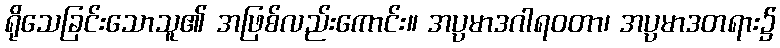
ရိုသေခြင်းသောသူ၏ အဖြစ်လည်းကောင်း။ အပ္ပမာဒဂါရဝတာ၊ အပ္ပမာဒတရား၌